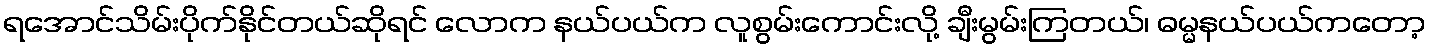
ရအောင်သိမ်းပိုက်နိုင်တယ်ဆိုရင် လောက နယ်ပယ်က လူစွမ်းကောင်းလို့ ချီးမွမ်းကြတယ်၊ ဓမ္မနယ်ပယ်ကတော့